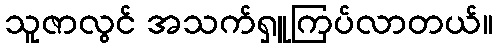
သူဇာလွင် အသက်ရှူကြပ်လာတယ်။